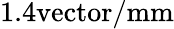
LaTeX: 1.4\mathrm{vector/mm}